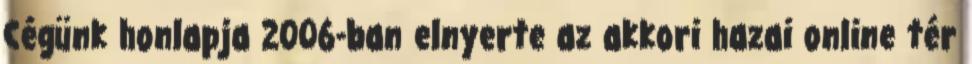
Cégünk honlapja 2006-ban elnyerte az akkori hazai online tér